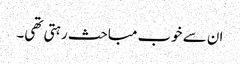
ان سے خوب مباحث رہتی تھی۔